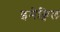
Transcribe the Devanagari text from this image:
इमेक्विल